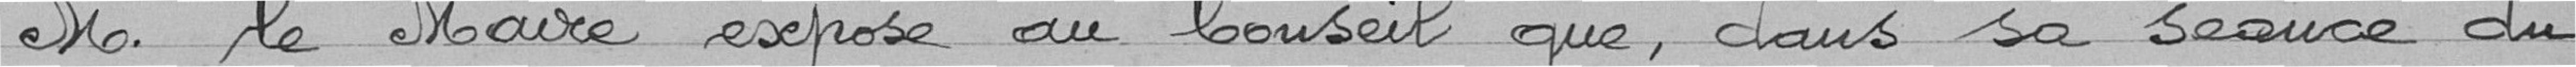
Monsieur le Maire expose au Conseil que, dans sa séance du